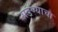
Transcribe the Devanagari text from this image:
सडण्याचा